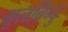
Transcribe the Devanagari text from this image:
मूलबिन्दु